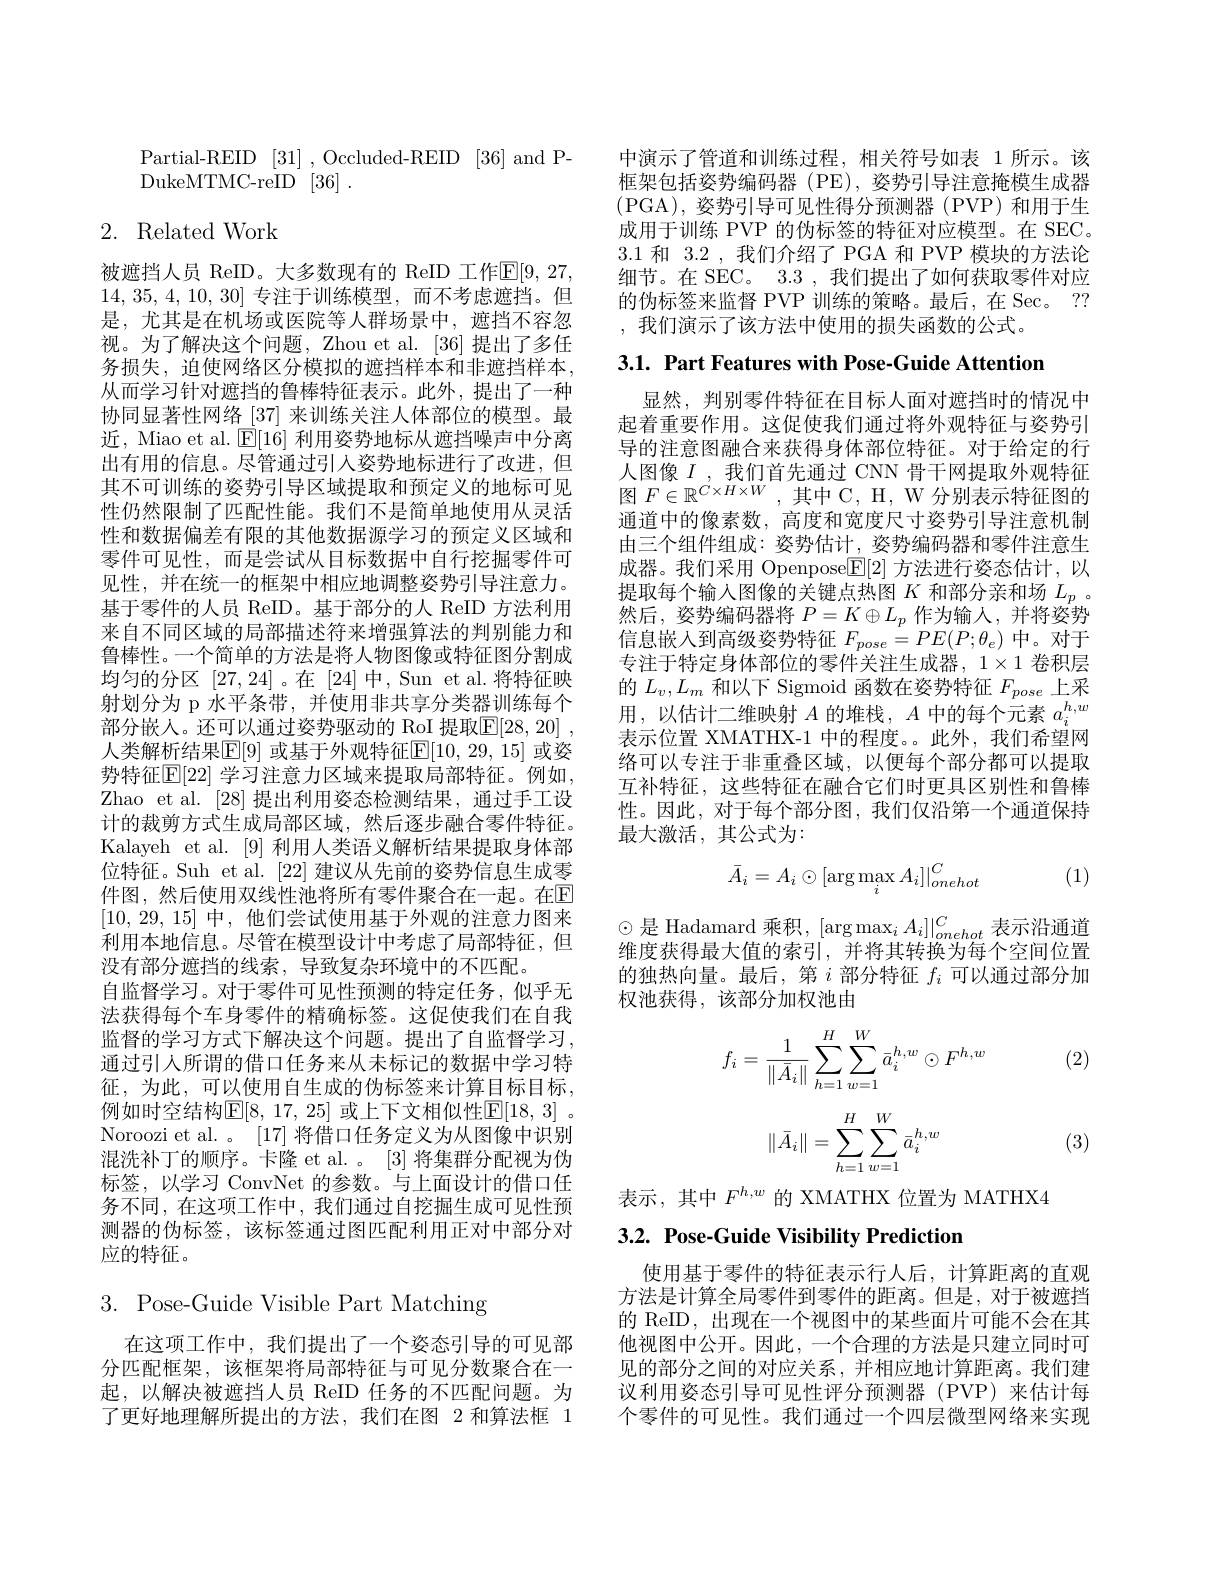
Partial-REID [31],Occluded-REID [36]and P-
${\mathrm{DukeMTMC- reID}}$ {[36]} .

## 2. Related Work

被遮挡人员 ReID。大多数现有的 ReID 工作$\mathbb{E}[9,27$, 14,35,4,10,30]专注于训练模型，而不考虑遮挡。但是，尤其是在机场或医院等人群场景中，遮挡不容忽视。为了解决这个问题，Zhou et al. [36] 提出了多任务损失，迫使网络区分模拟的遮挡样本和非遮挡样本， 从而学习针对遮挡的鲁棒特征表示。此外，提出了一种协同显著性网络 [37] 来训练关注人体部位的模型。最近，Miao et al. $\operatorname{E}[16]$利用姿势地标从遮挡噪声中分离出有用的信息。尽管通过引人姿势地标进行了改进，但其不可训练的姿势引导区域提取和预定义的地标可见性仍然限制了匹配性能。我们不是简单地使用从灵活性和数据偏差有限的其他数据源学习的预定义区域和零件可见性，而是尝试从目标数据中自行挖掘零件可见性，并在统一的框架中相应地调整姿势引导注意力。基于零件的人员 ReID。基于部分的人 ReID 方法利用来自不同区域的局部描述符来增强算法的判别能力和鲁棒性。一个简单的方法是将人物图像或特征图分割成均匀的分区[27,24]。在 [24]中，Sun et al.将特征映射划分为 p 水平条带，并使用非共享分类器训练每个部分嵌人。还可以通过姿势驱动的 RoI 提取$\boxed{\mathrm{E} }[ 28, 20]$ , 人类解析结果$\mathbb{E}[9]$ 或基于外观特征$\mathbb{E}[10,29,15]$ 或姿势特征$\mathbb{E}[22]$ 学习注意力区域来提取局部特征。例如， Zhao et al. [28]提出利用姿态检测结果，通过手工设计的裁剪方式生成局部区域，然后逐步融合零件特征。Kalayeh et al. [9] 利用人类语义解析结果提取身体部位特征。Suh et al. [22]建议从先前的姿势信息生成零件图，然后使用双线性池将所有零件聚合在一起。在$\mathbb{E}$ [10,29,15]中，他们尝试使用基于外观的注意力图来利用本地信息。尽管在模型设计中考虑了局部特征，但没有部分遮挡的线索，导致复杂环境中的不匹配。
自监督学习。对于零件可见性预测的特定任务，似乎无法获得每个车身零件的精确标签。这促使我们在自我监督的学习方式下解决这个问题。提出了自监督学习， 通过引人所谓的借口任务来从未标记的数据中学习特征，为此，可以使用自生成的伪标签来计算目标目标， 例如时空结构$\mathbb{E}[8,17,25]$ 或上下文相似性$\mathbb{E}[18,3]$ 。Noroozi et al. 。[17] 将借口任务定义为从图像中识别混洗补丁的顺序。卡隆 et al. 。[3]将集群分配视为伪标签，以学习 ConvNet 的参数。与上面设计的借口任务不同，在这项工作中，我们通过自挖掘生成可见性预测器的伪标签，该标签通过图匹配利用正对中部分对应的特征。

3. Pose-Guide Visible Part Matching

在这项工作中，我们提出了一个姿态引导的可见部分匹配框架，该框架将局部特征与可见分数聚合在一起，以解决被遮挡人员 ReID 任务的不匹配问题。为了更好地理解所提出的方法，我们在图 2 和算法框 1

中演示了管道和训练过程，相关符号如表 1 所示。该框架包括姿势编码器 (PE), 姿势引导注意掩模生成器(PGA),资势引导可见性得分预测器(PVP)和用于生成用于训练 PVP 的伪标签的特征对应模型。在 SEC。3.1和3.2,我们介绍了 PGA 和 PVP 模块的方法论细节。在 SEC。3.3 , 我们提出了如何获取零件对应的伪标签来监督 PVP 训练的策略。最后，在 Sec。?? ,我们演示了该方法中使用的损失函数的公式。

3.1. Part Features with Pose-Guide Attention

显然，判别零件特征在目标人面对遮挡时的情况中起着重要作用。这促使我们通过将外观特征与姿势引导的注意图融合来获得身体部位特征。对于给定的行人图像$I$ ,我们首先通过 CNN 骨干网提取外观特征图$F\in\mathbb{R}^{C\times H\times W}$,其中 C, H, W 分别表示特征图的通道中的像素数，高度和宽度尺寸姿势引导注意机制由三个组件组成：姿势估计，姿势编码器和零件注意生成器。我们采用 Openpose$\mathbb{E}[2]$方法进行姿态估计，以提取每个输入图像的关键点热图$K$和部分亲和场$L_p$ 。然后，姿势编码器将$P=K\oplus L_p$作为输人，并将姿势信息嵌入到高级姿势特征$F_pose=PE(P;\theta_e)$中。对于专注于特定身体部位的零件关注生成器，1$\times1 卷积层$ 的$L_v,L_m$和以下 Sigmoid 函数在姿势特征$F_{pose}$上采用，以估计二维映射$A$的堆栈，$A$中的每个元素$a_i^{h,w}$ 表示位置 XMATHX-1 中的程度。此外，我们希望网络可以专注于非重叠区域，以便每个部分都可以提取互补特征，这些特征在融合它们时更具区别性和鲁棒性。因此，对于每个部分图，我们仅沿第一个通道保持最大激活，其公式为：

(1)
$$\bar A_i=A_i\odot[\arg\max_iA_i]|_{onehot}^C$$
$\odot$是 Hadamard 乘积，$[\arg\max_iA_i]|_onehot^C$ 表示沿通道维度获得最大值的索引，并将其转换为每个空间位置的独热向量。最后，第$i$部分特征$f_i$可以通过部分加权池获得，该部分加权池由

(2)
$$\begin{aligned}f_i=\frac{1}{\|\bar{A}_i\|}\sum_{h=1}^{H}\sum_{w=1}^{W}\bar{a}_i^{h,w}\odot F^{h,w}\end{aligned}$$
$$\|\bar A_i\|=\sum\limits_{h=1}^{H}\sum\limits_{w=1}^{W}\bar a_i^{h,w}$$
(3)

表示，其中$F^{h,w}$的 XMATHX 位置为 MATHX4

## $3. 2. \textbf{ Pose- Guide Visibility Prediction}$

使用基于零件的特征表示行人后，计算距离的直观方法是计算全局零件到零件的距离。但是，对于被遮挡的 ReID, 出现在一个视图中的某些面片可能不会在其他视图中公开。因此，一个合理的方法是只建立同时可见的部分之间的对应关系，并相应地计算距离。我们建议利用姿态引导可见性评分预测器(PVP)来估计每个零件的可见性。我们通过一个四层微型网络来实现